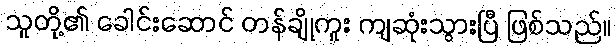
သူတို့၏ ခေါင်းဆောင် တန်ချိုကူး ကျဆုံးသွားပြီ ဖြစ်သည်။